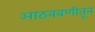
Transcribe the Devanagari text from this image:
आठबवणीतून